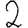
Digit: 2